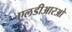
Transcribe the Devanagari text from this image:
एलडीआरओ